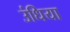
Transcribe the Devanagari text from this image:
उंधिया